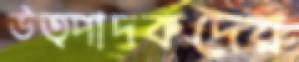
উত্পাদকদের